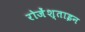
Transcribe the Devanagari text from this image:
रोजेंश्ताइन